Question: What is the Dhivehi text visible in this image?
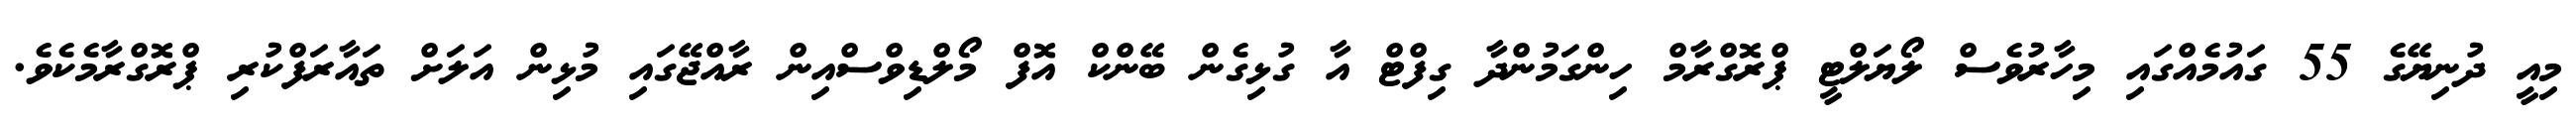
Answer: މިއީ ދުނިޔޭގެ 55 ގައުމެއްގައި މިހާރުވެސް ލޯޔަލްޓީ ޕްރޮގްރާމް ހިންގަމުންދާ ގިފްޓް އާ ގުޅިގެން ބޭންކް އޮފް މޯލްޑިވްސްއިން ރާއްޖޭގައި މުޅިން އަލަށް ތައާރަފްކުރި ޕްރޮގްރާމެކެވެ.